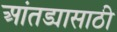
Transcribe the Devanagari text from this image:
आंतड्यासाठी